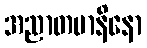
အညာတမာနိနော